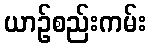
ယာဉ်စည်းကမ်း